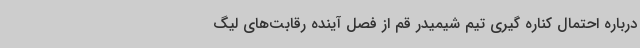
درباره احتمال کناره گیری تیم شیمیدر قم از فصل آینده رقابت‌های لیگ